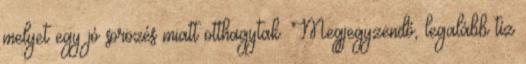
melyet egy jó sörözés miatt otthagytak. Megjegyzendő, legalább tíz